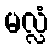
မလ္လံ